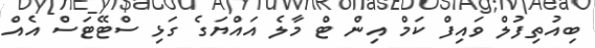
ބިއުތިފުލް ވައިފް ކަމް އިން ޓް މާލެ އައްޔަގެ ގަޅި ސްޓޭޓަސް އެއް